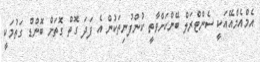
އެމްއެމްއޭއަކީ ސެންޓްރަލް ބޭންކަށްވާތީ ކުންފުނިތަކުން އެ ފަދަ ގޮތް ގޮތަށް ބޮންޑް ގަތުމަކީ